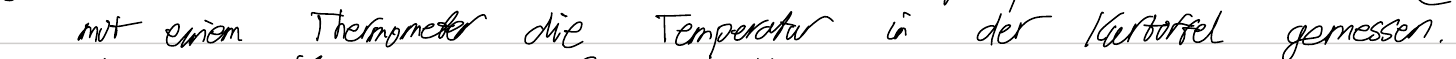
mit einem Thermometer die Temperatur in der Kartoffel gemessen.